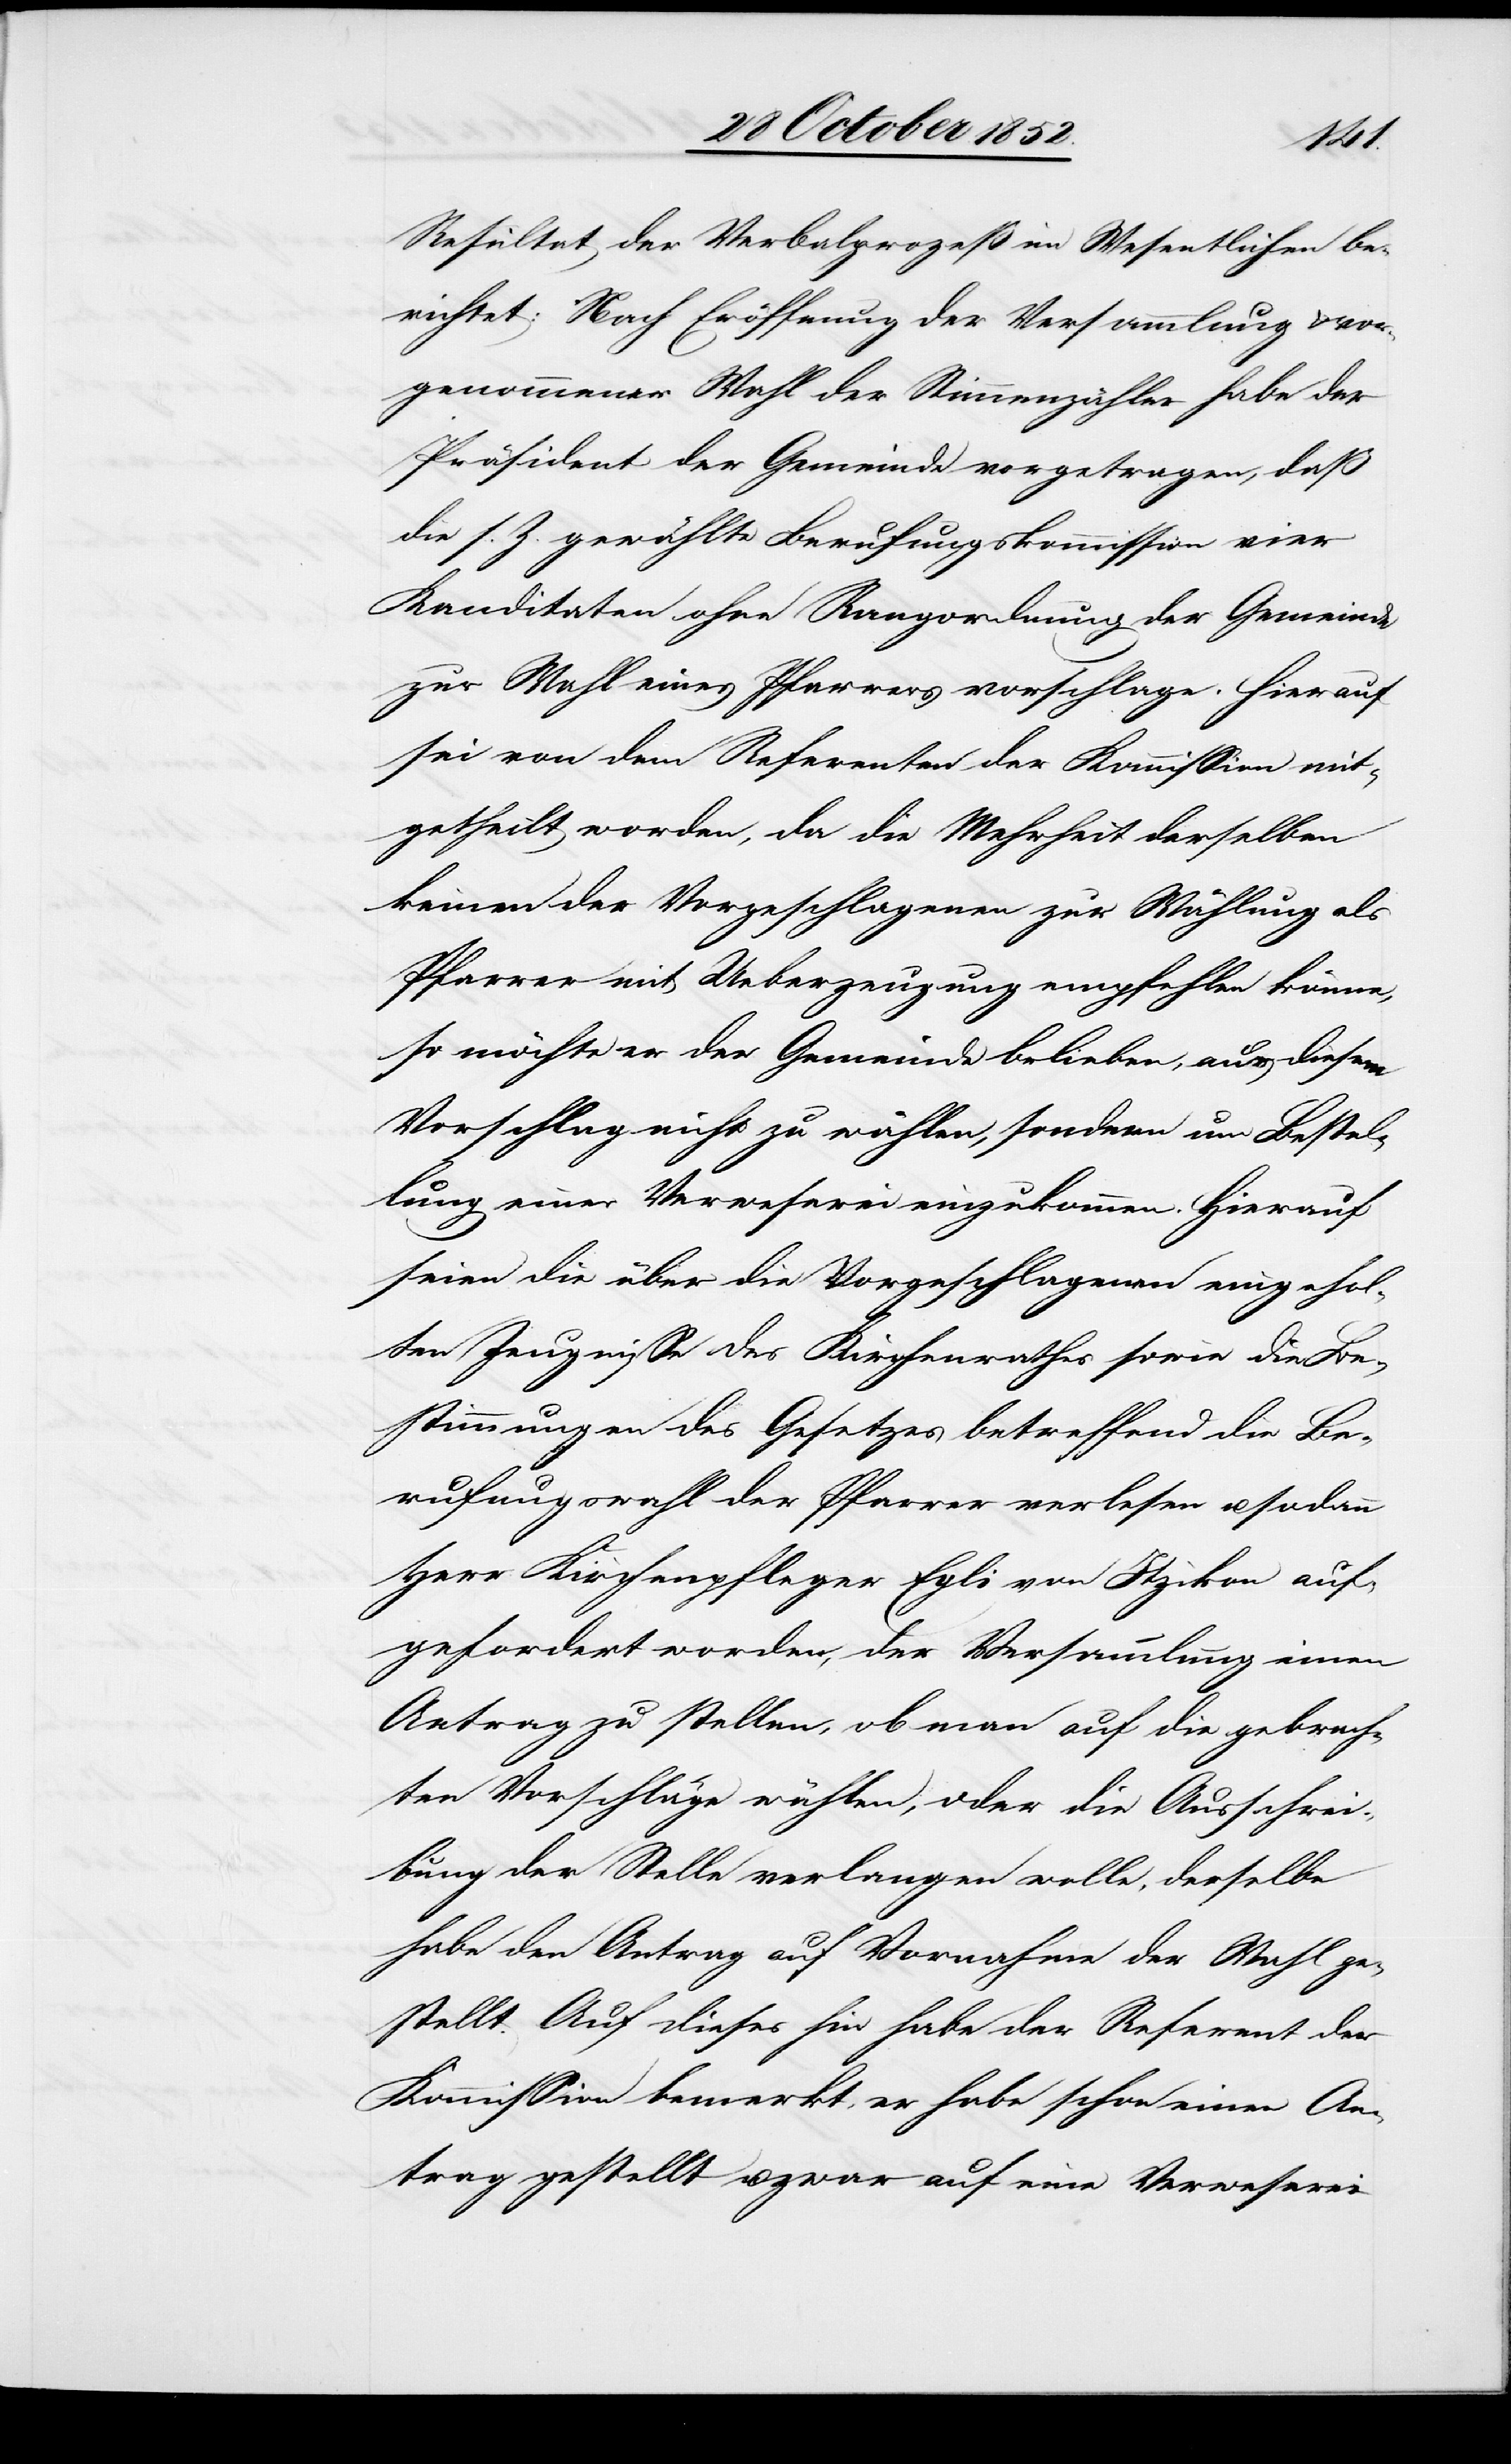
Resultat der Verbalprozeß im Wesentlichen be¬
richtet: Nach Eröffnung der Versammlung & vor¬
genommener Wahl der Stimmenzähler habe der
Präsident der Gemeinde vorgetragen, daß
die s. Z. gewählte Berufungskommission vier
Kanditaten [sic!] ohne Rangordnung der Gemeinde
zur Wahl eines Pfarrers vorschlage. Hierauf
sei von dem Referenten der Kommission mit¬
getheilt worden, da die Mehrheit derselben
keinen der Vorgeschlagenen zur Wählung als
Pfarrer mit Ueberzeugung empfehlen könne,
so möchte er der Gemeinde belieben, aus diesem
Vorschlag nicht zu wählen, sondern um Bestel¬
lung einer Verweserei einzukommen. Hierauf
seien die über die Vorgeschlagenen eingehol¬
ten Zeugnisse des Kirchenrathes sowie die Be¬
stimmungen des Gesetzes betreffend die Be¬
rufungswahl der Pfarrer verlesen u. sodann
Herr Kirchenpfleger Egli von Itzikon auf¬
gefordert worden, der Versammlung einen
Antrag zu stellen, ob man auf die gebrach¬
ten Vorschläge wählen, oder die Ausschrei¬
bung der Stelle verlangen wolle, derselbe
habe den Antrag auf Vornahme der Wahl ge¬
stellt. Auf dieses hin habe der Referent der
Kommission bemerkt, er habe schon einen An¬
trag gestellt u. zwar auf eine Verweserei